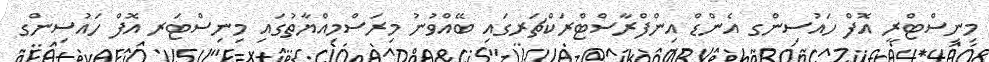
މިނިސްޓްރީ އޮފް ހައުސިންގ އެންޑް އިންފްރާސްޓްރަކްޗަރގައި ބޭއްވުނު މިރަސްމިއްޔާތުގައި މިނިސްޓަރ އޮފް ހައުސިންގ